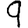
Digit: 9